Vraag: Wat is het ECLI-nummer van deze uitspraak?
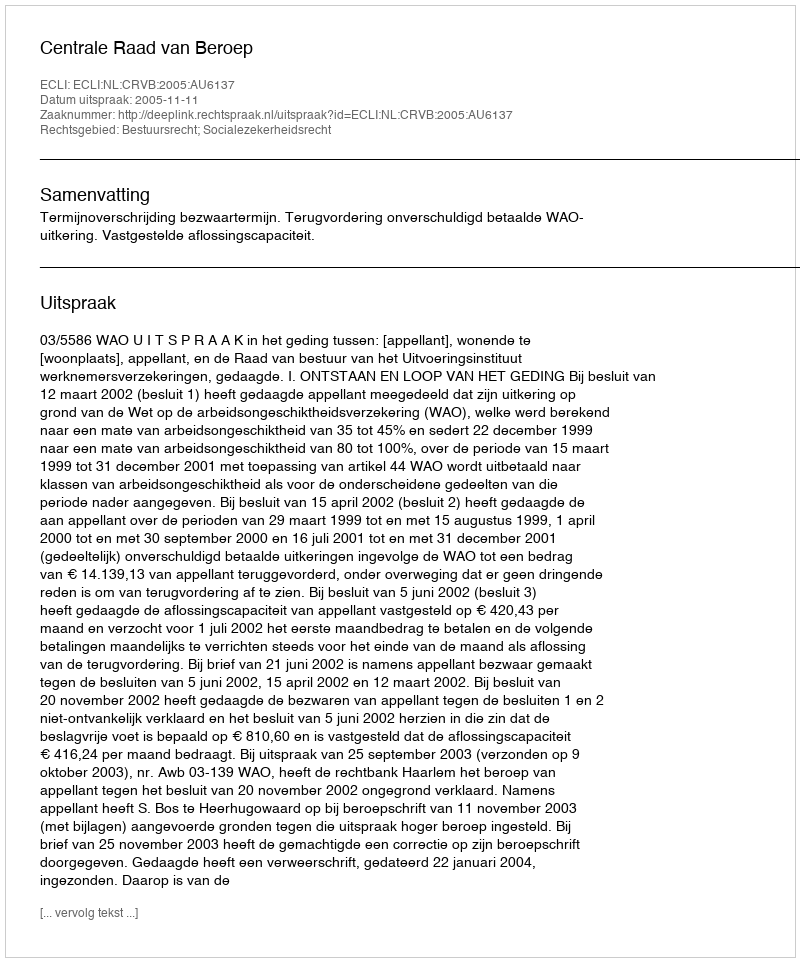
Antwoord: ECLI:NL:CRVB:2005:AU6137